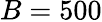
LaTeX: B=500